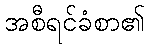
အစီရင်ခံစာ၏